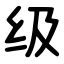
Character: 级